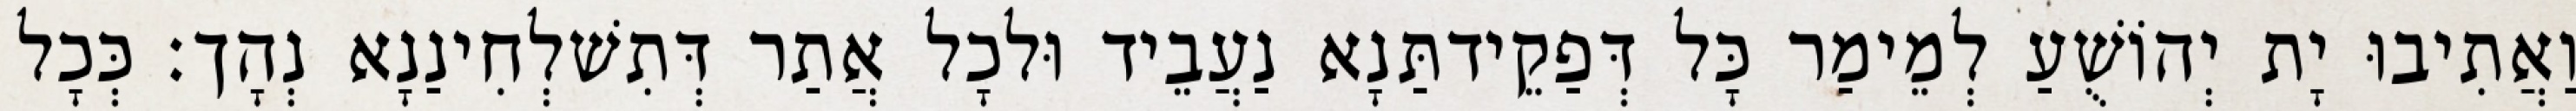
וַאֲתִיבוּ יָת יְהוֹשֻׁעַ לְמֵימַר כָּל דְּפַקֵידתַּנָא נַעֲבֵיד וּלכָל אֲתַר דְּתִשׁלְחִינַנָא נְהָך׃ כְּכָל